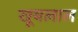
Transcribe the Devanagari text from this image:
खूबलाल